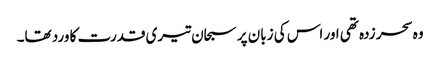
وہ سحر زدہ تھی اور اس کی زبان پر سبحان تیری قدرت کا ورد تھا۔